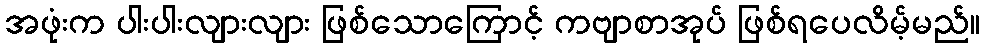
အဖုံးက ပါးပါးလျားလျား ဖြစ်သောကြောင့် ကဗျာစာအုပ် ဖြစ်ရပေလိမ့်မည်။